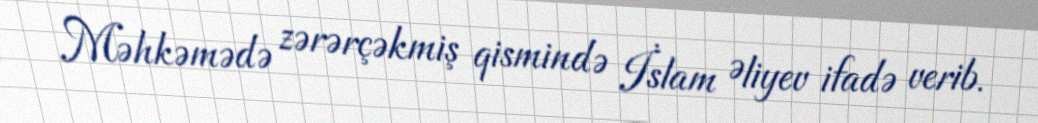
Məhkəmədə zərərçəkmiş qismində İslam Əliyev ifadə verib.